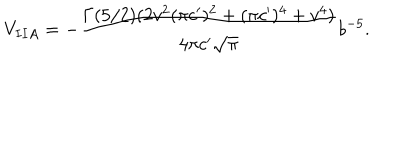
V _ { I I A } = - \frac { \Gamma ( 5 / 2 ) ( 2 v ^ { 2 } ( \pi c ^ { \prime } ) ^ { 2 } + ( \pi c ^ { \prime } ) ^ { 4 } + v ^ { 4 } ) } { 4 \pi c ^ { \prime } \sqrt { \pi } } b ^ { - 5 } .